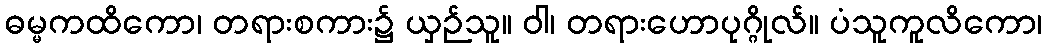
ဓမ္မကထိကော၊ တရားစကား၌ ယှဉ်သူ။ ဝါ၊ တရားဟောပုဂ္ဂိုလ်။ ပံသူကူလိကော၊